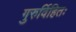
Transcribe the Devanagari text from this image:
गुरुर्विहितः